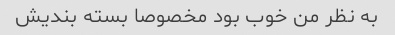
به نظر من خوب بود مخصوصا بسته بندیش